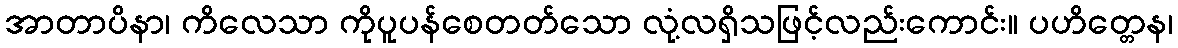
အာတာပိနာ၊ ကိလေသာ ကိုပူပန်စေတတ်သော လုံ့လရှိသဖြင့်လည်းကောင်း။ ပဟိတ္တေန၊